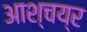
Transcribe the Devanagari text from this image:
आश्चय्र